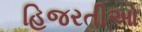
હિજરતીઓ